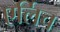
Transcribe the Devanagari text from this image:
एर्लिच